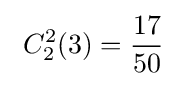
\ C_{2}^{2}(3)={\frac {17}{50}}